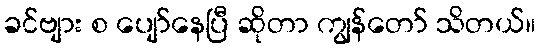
ခင်ဗျား စ ပျော်နေပြီ ဆိုတာ ကျွန်တော် သိတယ်။